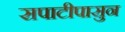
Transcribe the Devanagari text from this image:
सपाटीपासुन